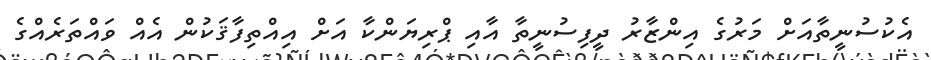
އެކުސުނީތާއަށް މަރުގެ އިންޒާރު ދީފިސުނީތާ އާއި ޕްރިޔަންކާ އަށް އިއްތިފާޤަކުން އެއް ވައްތަރެއްގެ